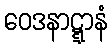
ဝေဒနာဋ္ဋာနံ